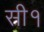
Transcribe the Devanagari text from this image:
सी१